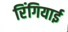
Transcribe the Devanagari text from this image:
रिंगियाई